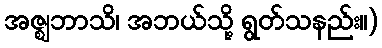
အဇ္ဈဘာသိ၊ အဘယ်သို့ ရွတ်သနည်း။)